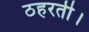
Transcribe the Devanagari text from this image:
ठहरती।